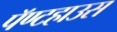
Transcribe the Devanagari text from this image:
पॅण्टहाउस